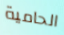
الحامية